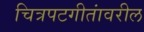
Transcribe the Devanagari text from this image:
चित्रपटगीतांवरील